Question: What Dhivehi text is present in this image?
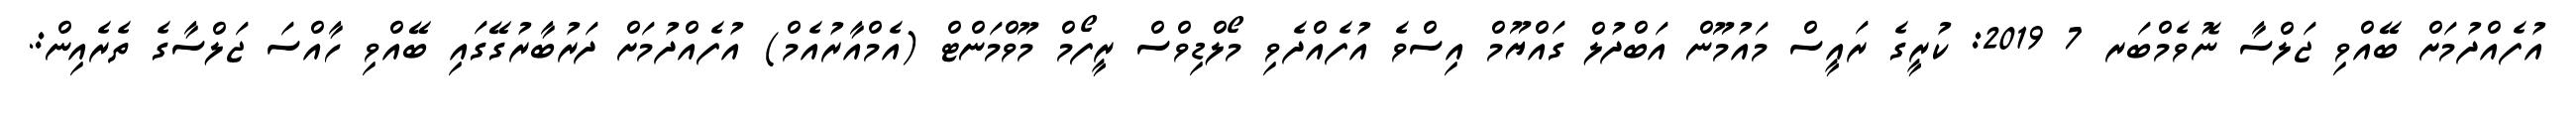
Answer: އުފެއްދުމަށް ބޭއްވި ޖަލްސާ ނޮވެމްބަރ 7 2019: ކުރީގެ ރައީސް މައުމޫން އަބްދުލް ގައްޔޫމް އިސްވެ އުފެއްދެވި މޯލްޑިވްސް ރީފޯމް މޫވްމަންޓް (އެމްއާރުއެމް) އުފެއްދުމަށް ދަރުބާރުގޭގައި ބޭއްވި ހާއްސަ ޖަލްސާގެ ތެރެއިން:.